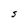
Character: S